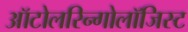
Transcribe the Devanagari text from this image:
ऑटोलरिन्गोलॉजिस्ट